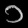
Digit: ၁